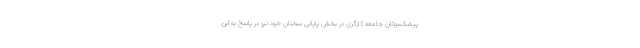
پیشکسوتان جامعه کارگری در بخش پایانی سخنان خود نیز در پاسخ به این